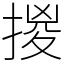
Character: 㨑